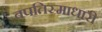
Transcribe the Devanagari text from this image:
बपतिस्माधारी